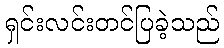
ရှင်းလင်းတင်ပြခဲ့သည်